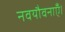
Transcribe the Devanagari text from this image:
नवयौवनाएँ।